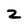
Character: z